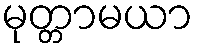
မုတ္တာမယာ